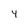
Character: 4